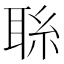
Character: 𦕱